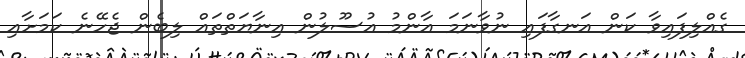
ގެއްލިފައިވާ ކަން އަނގާފައި ނުވާނަމަ އާންމު އުސޫލުން އިނާޔަތްތައް ލިބެން ޖެހޭނެ ކަމަށާއި